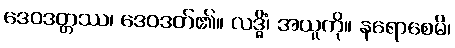
ဒေဝဒတ္တဿ၊ ဒေဝဒတ်၏။ လဒ္ဓိံ၊ အယူကို။ နရောစေမိ၊